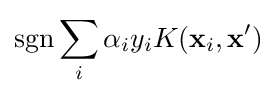
\operatorname {sgn} \sum _{i}\alpha _{i}y_{i}K(\mathbf {x} _{i},\mathbf {x'} )